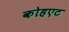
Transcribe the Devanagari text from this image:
कोहएट